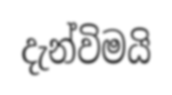
දැන්විමයි